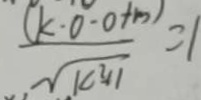
\frac { ( k \cdot 0 - 0 + m ) } { \sqrt { k ^ { 2 } + 1 } } = 1